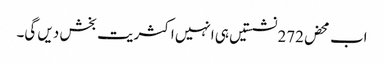
اب محض272 نشستیں ہی انہیں اکثریت بخش دیں گی۔